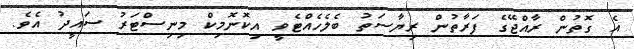
އެ ގޮތުން ރާއްޖޭގެ ފަރާތުން ރިޔާސަތު ބެލެހެއްޓެވީ އިކޮނޮމިކް މިނިސްޓަރު ސައީދު އެވެ.